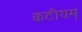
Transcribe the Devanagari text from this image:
कटीयम्‌